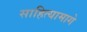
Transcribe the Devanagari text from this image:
साहित्यामागे